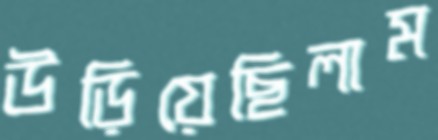
উড়িয়েছিলাম